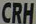
CRH